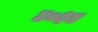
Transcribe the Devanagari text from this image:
४०३४